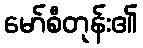
မော်စီတုန်း၏